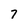
Character: 7